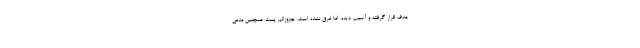
هدف قرار گرفته و آسیب دیده، اما غرق نشده است. جزوزالم پست همچنین مدعی